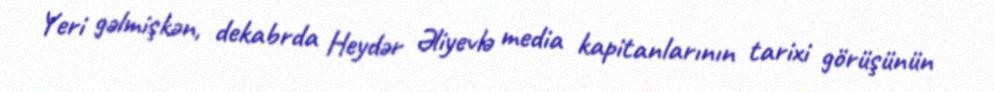
Yeri gəlmişkən, dekabrda Heydər Əliyevlə media kapitanlarının tarixi görüşünün